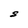
Character: S